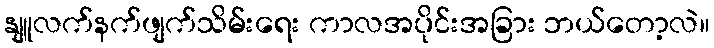
နျူလက်နက်ဖျက်သိမ်းရေး ကာလအပိုင်းအခြား ဘယ်တော့လဲ။